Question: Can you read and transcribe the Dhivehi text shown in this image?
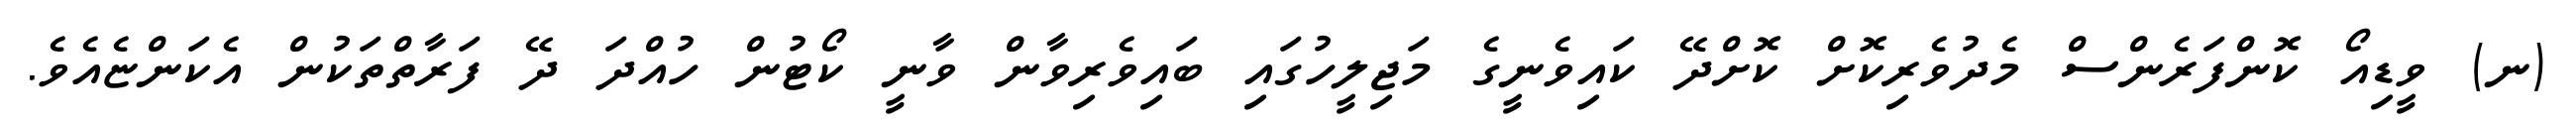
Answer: (ނ) ވީޑިއޯ ކޮންފަރެންސް މެދުވެރިކޮށް ކޮށްދޭ ކައިވެނީގެ މަޖިލީހުގައި ބައިވެރިވާން ވާނީ ކޯޓުން ހުއްދަ ދޭ ފަރާތްތަކުން އެކަންޏެއެވެ.